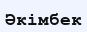
Әкімбек